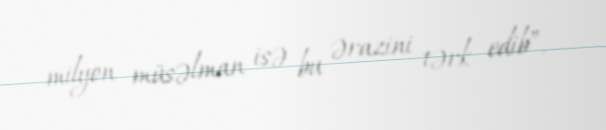
milyon müsəlman isə bu ərazini tərk edib”.